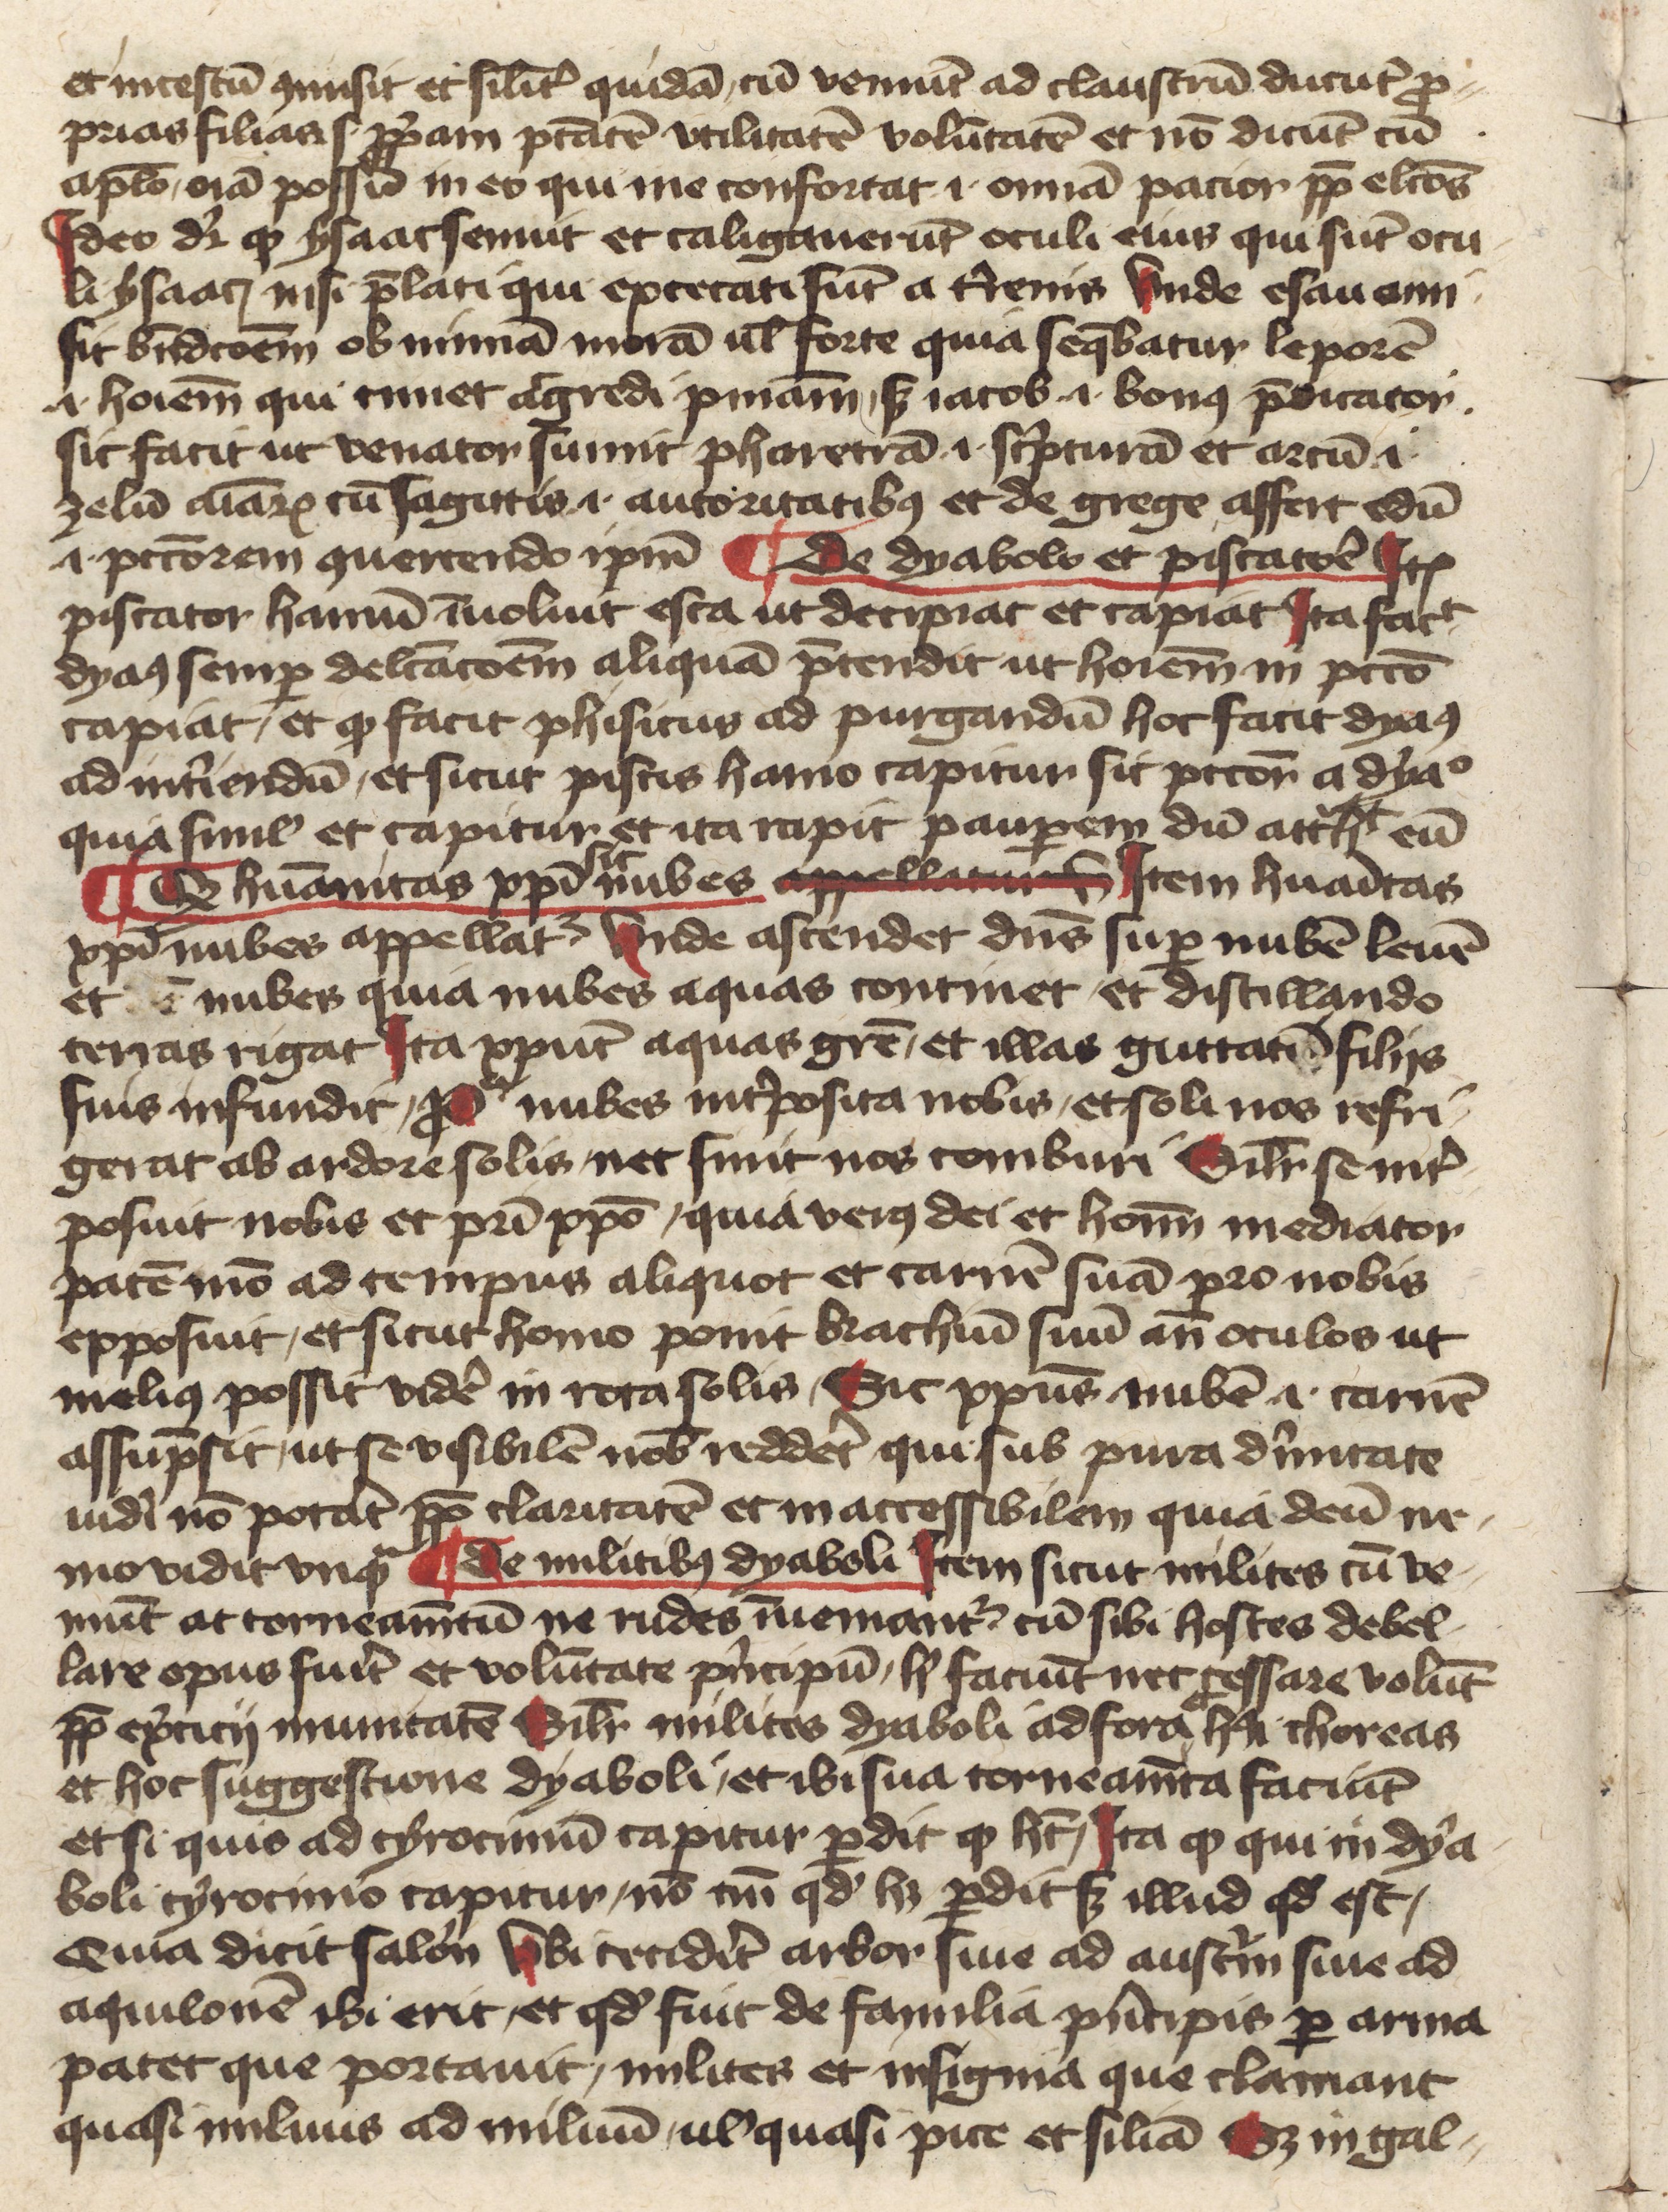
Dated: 1400–1430